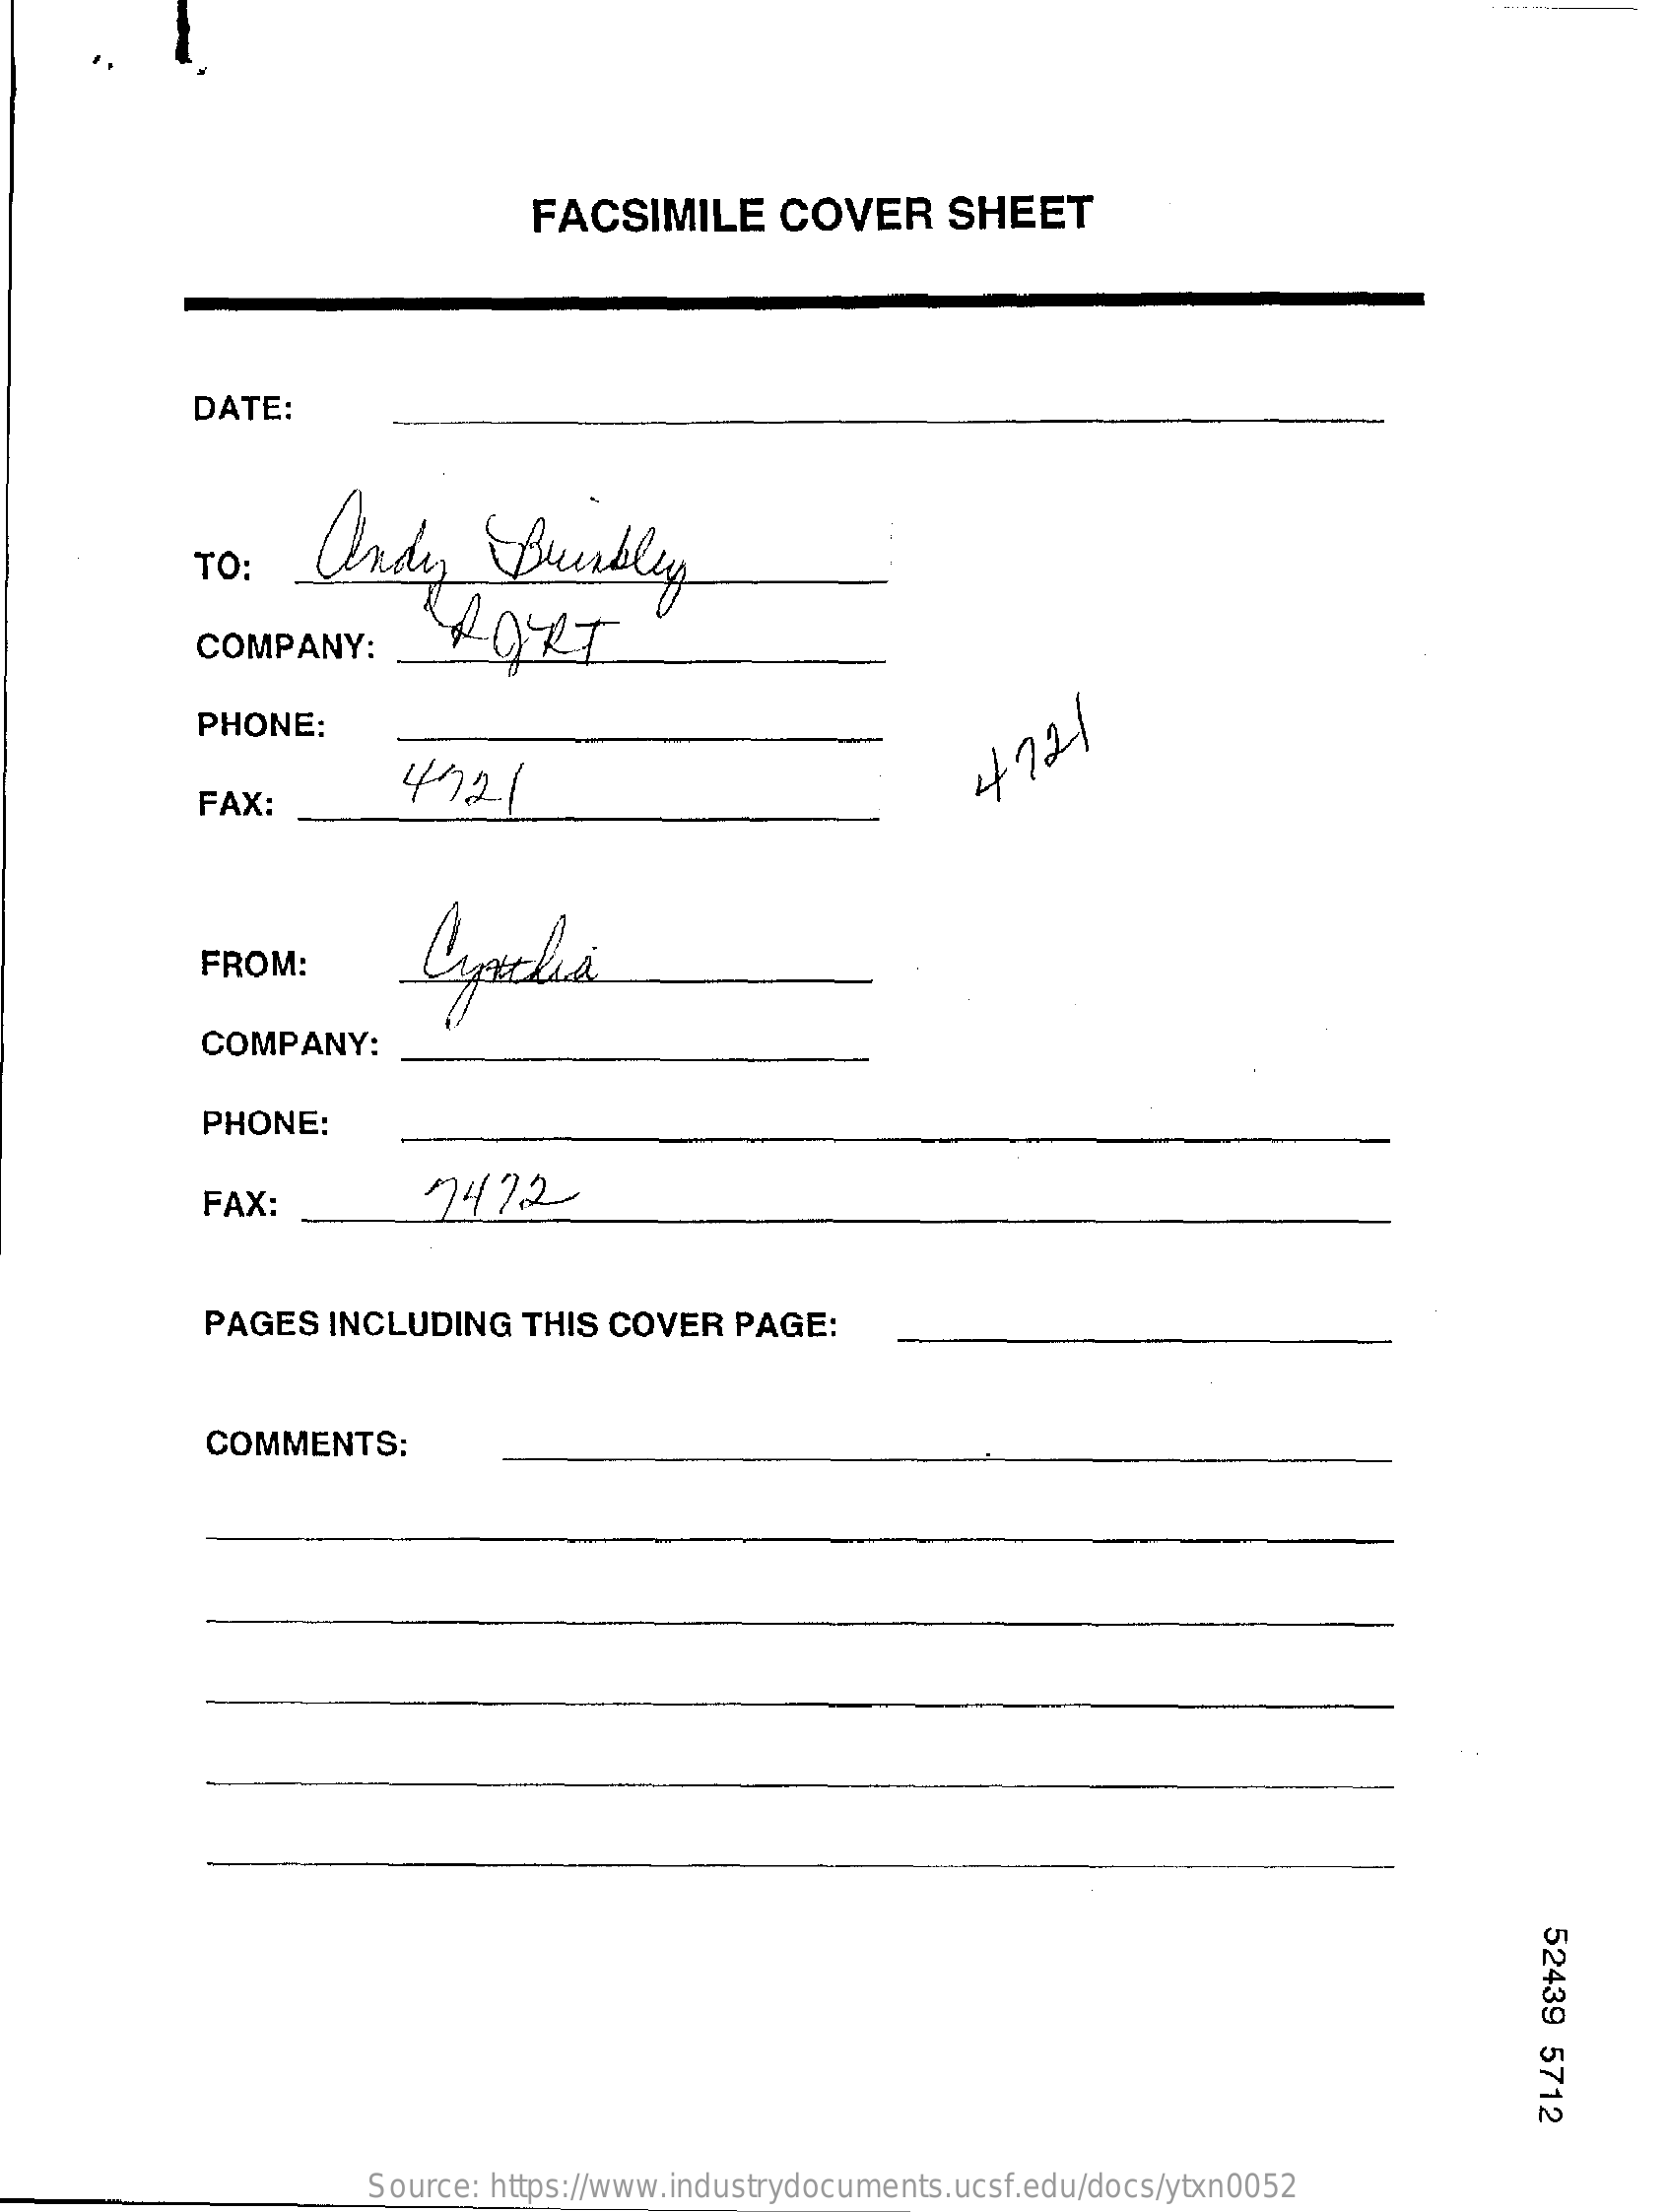
FACSIMILE    COVER    SHEET
     DATE:
     andy    Buurbley TO:
     COMPANY:    PORT
     PHONE:
     FAX:
     4721    472
     FROM:
     COMPANY:
     PHONE:
     FAX:    7472
     PAGES   INCLUDING   THIS  COVER   PAGE:
     COMMENTS:
     52439
     5712
     Source: https://www.industrydocuments.ucsf.edu/docs/ytxn0052